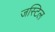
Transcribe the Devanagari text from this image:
जस्टिल